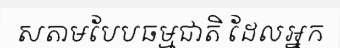
សតាមបែបធម្មជាតិ ដែលអ្នក